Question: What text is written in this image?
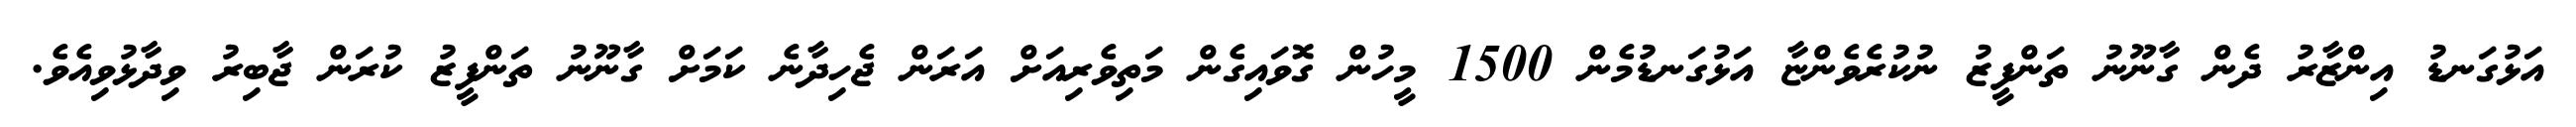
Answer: އަޅުގަނޑު އިންޒާރު ދެން ގާނޫނު ތަންފީޒު ނުކުރެވެންޏާ އަޅުގަނޑުމެން 1500 މީހުން ގޮވައިގެން މަތިވެރިއަށް އަރަން ޖެހިދާނެ ކަމަށް ގާނޫނު ތަންފީޒު ކުރަން ޖާބިރު ވިދާޅުވިއެވެ.